Annual report of the Punjab Veterinary College and of the Civil Veterinary Department, Punjab - 1894-1908
Year: 1894
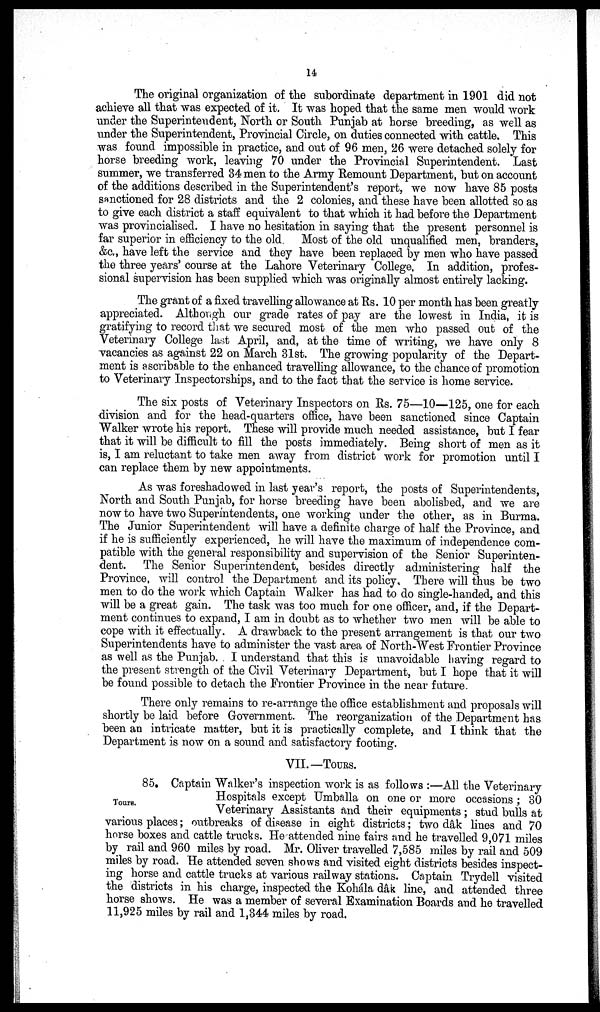
14
The original organization of the subordinate department in 1901 did not
achieve all that was expected of it. It was hoped that the same men would work
under the Superintendent, North or South Punjab at horse breeding, as well as
under the Superintendent, Provincial Circle, on duties connected with cattle. This
was found impossible in practice, and. out of 96 men, 26 were detached solely for
horse breeding work, leaving 70 under the Provincial Superintendent. Last
summer, we transferred 34 men to the Army Remount Department, but on account
of the additions described in the Superintendent's report, we now have 85 posts
sanctioned for 28 districts and the 2 colonies, and these have been allotted so as
to give each district a staff equivalent to that which it had before the Department
was provincialised. I have no hesitation in saying that the present personnel is
far superior in efficiency to the old. Most of the old unqualified men, branders,
&c., have left the service and they have been replaced by men who have passed
the three years' course at the Lahore Veterinary College. In addition, profes-
sional supervision has been supplied which was originally almost entirely lacking.
The grant of a fixed travelling allowance at Rs. 10 per month has been greatly
appreciated. Although our grade rates of pay are the lowest in India, it is
gratifying to record that we secured most of the men who passed out of the
Veterinary College last April, and, at the time of writing, we have only 8
vacancies as against 22 on March 31st. The growing popularity of the Depart-
ment is ascribable to the enhanced travelling allowance, to the chance of promotion
to Veterinary Inspectorships, and to the fact that the service is home service.
The six. posts of Veterinary Inspectors on Rs. 75—10—125, one for each
division and for the head-quarters office, have been sanctioned since Captain
Walker wrote his report. These will provide much needed assistance, but I fear
that it will be difficult to fill the posts immediately. Being short of men as it
is, I am reluctant to take men away from district work for promotion until I
can replace them by new appointments.
As was foreshadowed in last year's report, the posts of Superintendents,
North and South Punjab, for horse breeding have been abolished, and we are
now to have two Superintendents, one working under the other, as in Burma.
The Junior Superintendent will have a definite charge of half the Province, and
if he is sufficiently experienced, he will have the maximum of independence com-
patible with the general responsibility and supervision of the Senior Superinten-
dent. The Senior Superintendent, besides directly administering half the
Province, will control the Department and its policy. There will thus be two
men to do the work which Captain Walker has had to do single-handed, and this
will be a great gain. The task was too much for one officer, and, if the Depart-
ment continues to expand, I am in doubt as to whether two men will be able to
cope with it effectually. A drawback to the present arrangement is that our two
Superintendents have to administer the vast area of North-West Frontier Province
as well as the Punjab. I understand that this is unavoidable having regard to
the present strength of the Civil Veterinary Department, but I hope that it will
be found possible to detach the Frontier Province in the near future.
There only remains to re-arrange the office establishment and proposals will
shortly be laid before Government. The reorganization of the Department has
been an intricate matter, but it is practically complete, and I think that the
Department is now on a sound and satisfactory footing.
VII.—TOURS.
Tours.
85. Captain Walker's inspection work is as follows:—All the Veterinary
Hospitals except Umballa on one or more occasions; 30
Veterinary Assistants and their equipments; stud bulls at
various places; outbreaks of disease in eight districts; two dâk lines and 70
horse boxes and cattle trucks. He attended nine fairs and he travelled 9,071 miles
by rail and 960 miles by road. Mr. Oliver travelled 7,585 miles by rail and 509
miles by road. He attended seven shows and visited eight districts besides inspect-
ing horse and cattle trucks at various railway stations. Captain Trydell visited
the districts in his charge, inspected the Kohála dâk line, and attended three
horse shows. He was a member of several Examination Boards and he travelled
11,925 miles by rail and 1,344 miles by road.